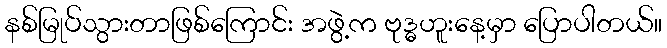
နစ်မြုပ်သွားတာဖြစ်ကြောင်း အဖွဲ့က ဗုဒ္ဓဟူးနေ့မှာ ပြောပါတယ်။